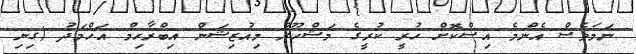
ނަމަވެސް އެންމެ އިސްކޮށް ހުރީ ކުރީގެ މަޝްހޫރު މިއުޒިޝަން އިބްރާހިމް އަހްމަދު (ގިނި